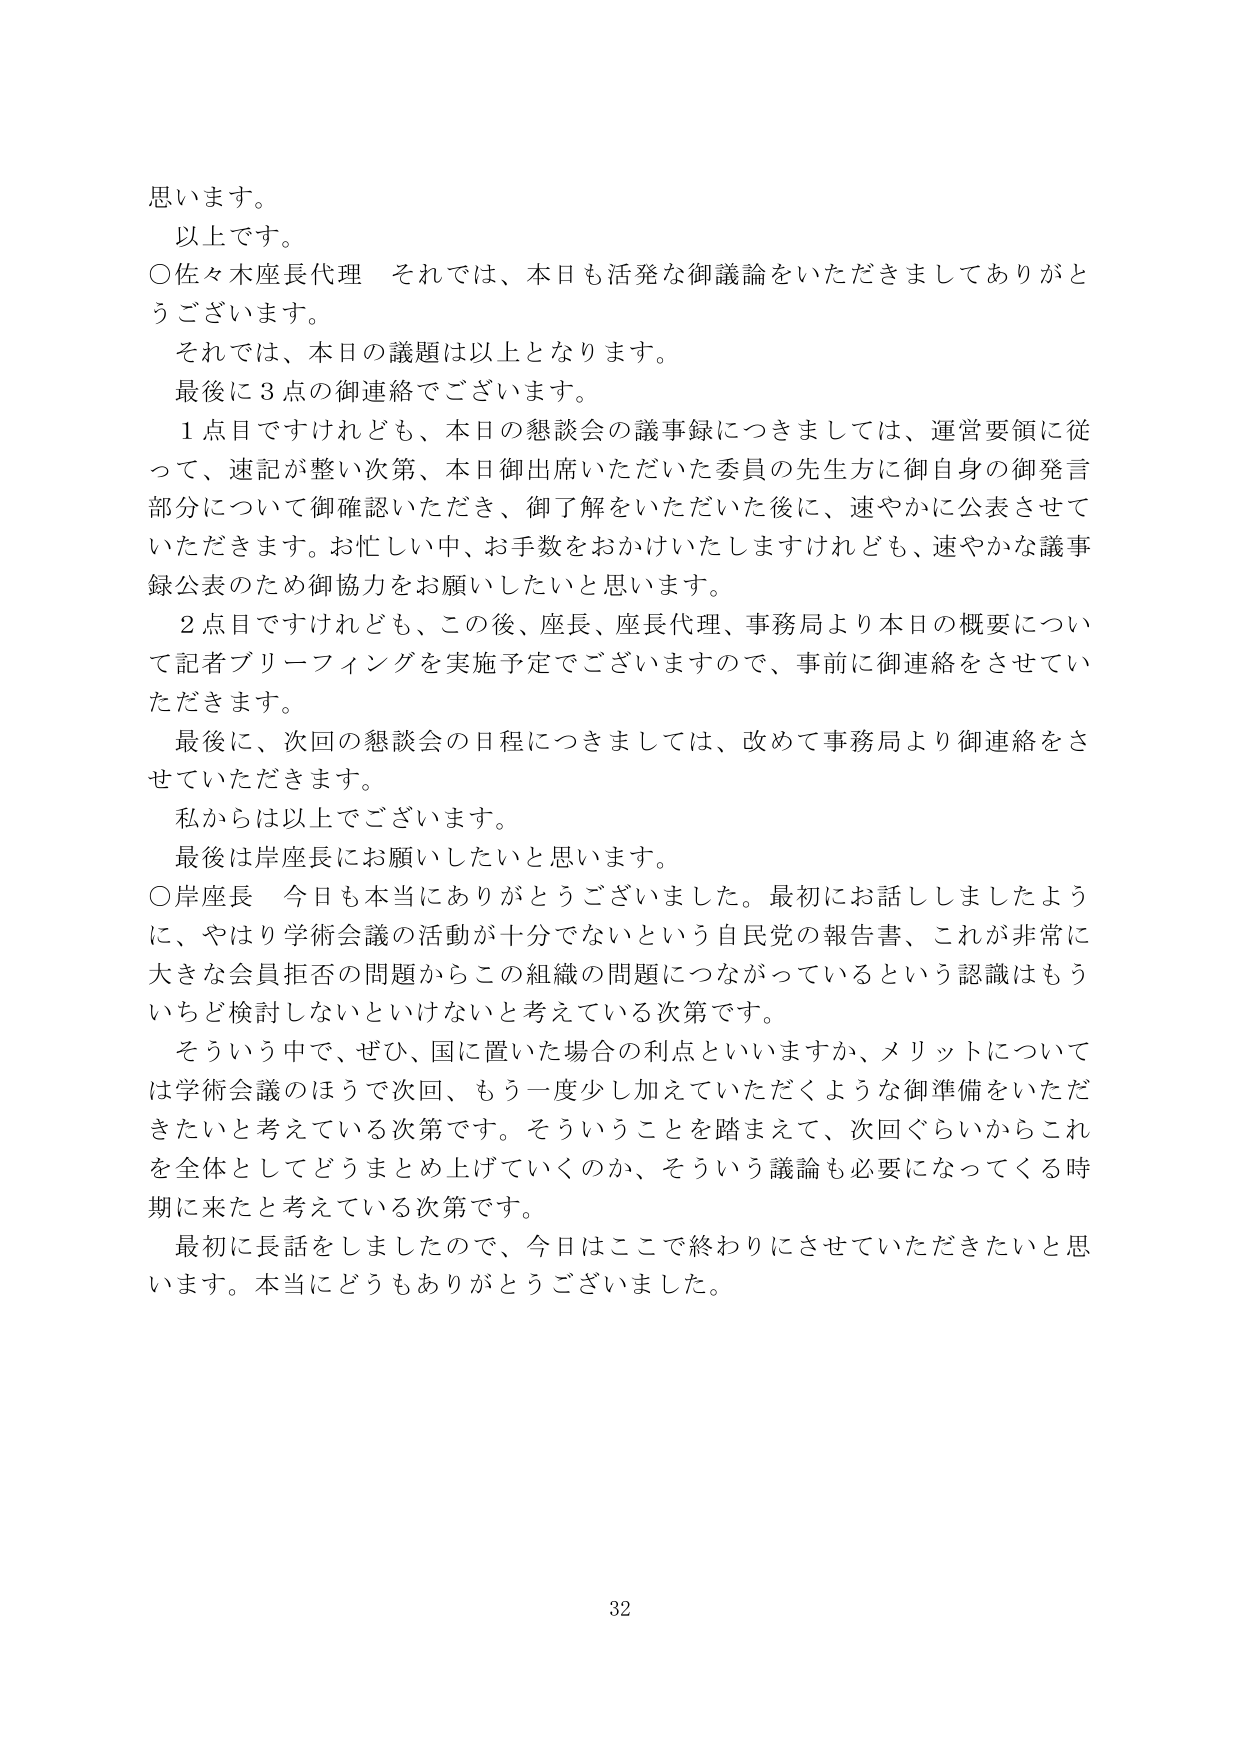
思います。
以上です。
○佐々木座長代理　それでは、本日も活発な御議論をいただきましてありがとうございます。
　それでは、本日の議題は以上となります。
　最後に３点の御連絡でございます。
　１点目ですけれども、本日の懇談会の議事録につきましては、運営要領に従って、速記が整い次第、本日御出席いただいた委員の先生方に御自身の御発言部分について御確認いただき、御了解をいただいた後に、速やかに公表させていただきます。お忙しい中、お手数をおかけいたしますけれども、速やかな議事録公表のため御協力をお願いしたいと思います。
　２点目ですけれども、この後、座長、座長代理、事務局より本日の概要について記者ブリーフィングを実施予定でございますので、事前に御連絡をさせていただきます。
　最後に、次回の懇談会の日程につきましては、改めて事務局より御連絡をさせていただきます。
　私からは以上でございます。
　最後は岸座長にお願いしたいと思います。
○岸座長　今日も本当にありがとうございました。最初にお話しましたように、やはり学術会議の活動が十分でないという自民党の報告書、これが非常に大きな会員拒否の問題からこの組織の問題につながっているという認識はもういちど検討しないといけないと考えている次第です。
　そういう中で、ぜひ、国に置いた場合の利点といいますか、メリットについては学術会議のほうで次回、もう一度少し加えていただくような御準備をいただきたいと考えている次第です。そういうことを踏まえて、次回ぐらいからこれを全体としてどうまとめ上げていくのか、そういう議論も必要になってくる時期に来たと考えている次第です。
　最初に長話をしましたので、今日はここで終わりにさせていただきたいと思います。本当にどうもありがとうございました。
32